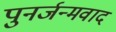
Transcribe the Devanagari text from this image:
पुनर्जन्मवाद